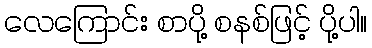
လေကြောင်း စာပို့ စနစ်ဖြင့် ပို့ပါ။